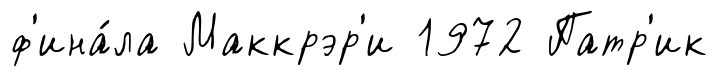
ф'ина́ла Маккрэр'и 1972 Патр'ик